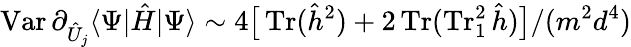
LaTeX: \operatorname{Var}\partial_{\hat{U}_{j}}\langle\Psi|\hat{H}|\Psi\rangle\sim 4\big[\operatorname{Tr}(\hat{h}^{2})+2\operatorname{Tr}(\operatorname{Tr}_{1}^{2}\hat{h})\big]/(m^{2}d^{4})